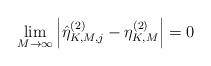
LaTeX: \begin{align*}\mathop {\lim }\limits_{M \to \infty } \left| {\hat \eta _{K,M,j}^{(2)} - \eta _{K,M}^{(2)}} \right| = 0 \end{align*}